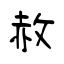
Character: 赦